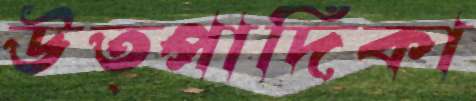
উত্পাদিকা